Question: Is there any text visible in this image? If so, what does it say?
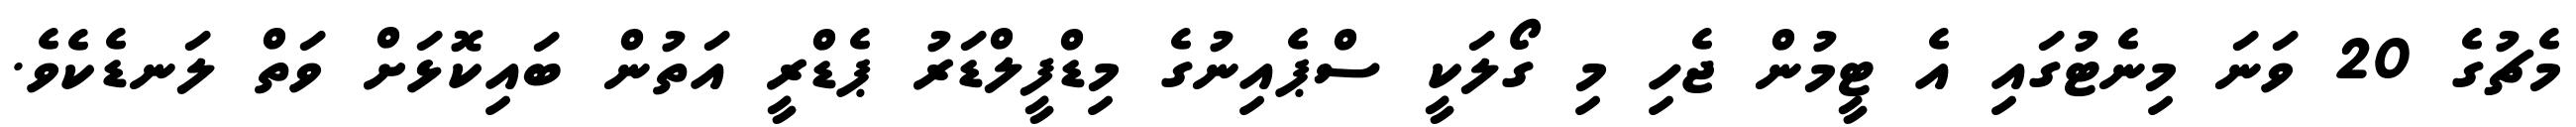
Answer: މެޗުގެ 20 ވަނަ މިނެޓުގައި އެ ޓީމުން ޖެހި މި ގޯލަކީ ސްޕެއިނުގެ މިޑްފީލްޑަރު ޕެޑްރީ އަތުން ބައިކޮޅަށް ވަތް ލަނޑެކެވެ.